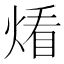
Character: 𱫨